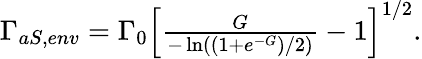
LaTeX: \begin{array}{r}{\Gamma_{aS,env}=\Gamma_{0}\left[\frac{G}{-\ln\left((1+e^{-G})/2\right)}-1\right]^{1/2}.}\end{array}